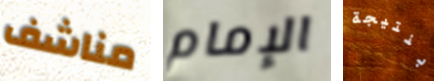
مناشف الإمام بنتيجة